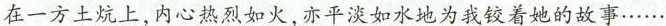
在一方土炕上，内心热烈如火，亦平淡如水地为我较着她的故事……